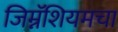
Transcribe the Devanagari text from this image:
जिम्नॅशियमचा